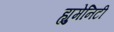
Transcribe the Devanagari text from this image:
ह्युमेनिटी